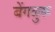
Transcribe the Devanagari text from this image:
बेंगळुरू